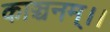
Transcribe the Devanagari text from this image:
काञ्चनम्।।